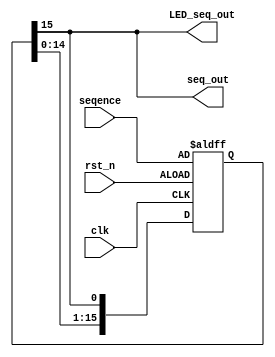
module SequenceGenerator (
	input						clk						,
	input						rst_n					,

	input		[15:0]			seqence					,	

	output						seq_out					,
	output						LED_seq_out				
	);


	reg			[15:0]			r_seq_out								;


	assign	seq_out				= r_seq_out[15]							;
	assign	LED_seq_out			= r_seq_out[15]							;


	always @(posedge clk, negedge rst_n) begin
		if (!rst_n) begin
			r_seq_out	<= seqence;
		end else begin
			r_seq_out	<= {r_seq_out[14:0], r_seq_out[15]};
		end
	end


endmodule